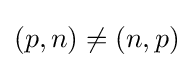
(p,n)\neq (n,p)